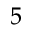
_ 5